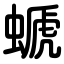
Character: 螔